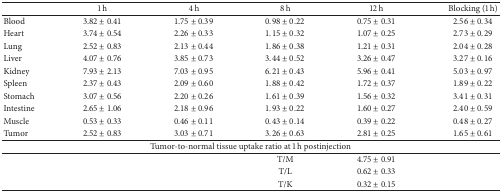
<table><thead><tr><td><b> </b></td><td><b>1 h</b></td><td><b>4 h</b></td><td><b>8 h</b></td><td><b>12 h</b></td><td><b>Blocking (1 h)</b></td></tr></thead><tbody><tr><td>Blood</td><td>3.82 ± 0.41</td><td>1.75 ± 0.39</td><td>0.98 ± 0.22</td><td>0.75 ± 0.31</td><td>2.56 ± 0.34</td></tr><tr><td>Heart</td><td>3.74 ± 0.54</td><td>2.26 ± 0.33</td><td>1.15 ± 0.32</td><td>1.07 ± 0.25</td><td>2.73 ± 0.29</td></tr><tr><td>Lung</td><td>2.52 ± 0.83</td><td>2.13 ± 0.44</td><td>1.86 ± 0.38</td><td>1.21 ± 0.31</td><td>2.04 ± 0.28</td></tr><tr><td>Liver</td><td>4.07 ± 0.76</td><td>3.85 ± 0.73</td><td>3.44 ± 0.52</td><td>3.26 ± 0.47</td><td>3.27 ± 0.16</td></tr><tr><td>Kidney</td><td>7.93 ± 2.13</td><td>7.03 ± 0.95</td><td>6.21 ± 0.43</td><td>5.96 ± 0.41</td><td>5.03 ± 0.97</td></tr><tr><td>Spleen</td><td>2.37 ± 0.43</td><td>2.09 ± 0.60</td><td>1.88 ± 0.42</td><td>1.72 ± 0.37</td><td>1.89 ± 0.22</td></tr><tr><td>Stomach</td><td>3.07 ± 0.56</td><td>2.20 ± 0.26</td><td>1.61 ± 0.39</td><td>1.56 ± 0.32</td><td>3.41 ± 0.31</td></tr><tr><td>Intestine</td><td>2.65 ± 1.06</td><td>2.18 ± 0.96</td><td>1.93 ± 0.22</td><td>1.60 ± 0.27</td><td>2.40 ± 0.59</td></tr><tr><td>Muscle</td><td>0.53 ± 0.33</td><td>0.46 ± 0.11</td><td>0.43 ± 0.14</td><td>0.39 ± 0.22</td><td>0.48 ± 0.27</td></tr><tr><td>Tumor</td><td>2.52 ± 0.83</td><td>3.03 ± 0.71</td><td>3.26 ± 0.63</td><td>2.81 ± 0.25</td><td>1.65 ± 0.61</td></tr><tr><td colspan="6">Tumor-to-normal tissue uptake ratio at 1 h postinjection</td></tr><tr><td> </td><td> </td><td> </td><td>T/M</td><td>4.75 ± 0.91</td><td> </td></tr><tr><td> </td><td> </td><td> </td><td>T/L</td><td>0.62 ± 0.33</td><td> </td></tr><tr><td> </td><td> </td><td> </td><td>T/K</td><td>0.32 ± 0.15</td><td> </td></tr></tbody></table>